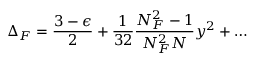
\Delta _ { F } = \frac { 3 - \epsilon } { 2 } + \frac { 1 } { 3 2 } \frac { N _ { F } ^ { 2 } - 1 } { N _ { F } ^ { 2 } N } y ^ { 2 } + \ldots